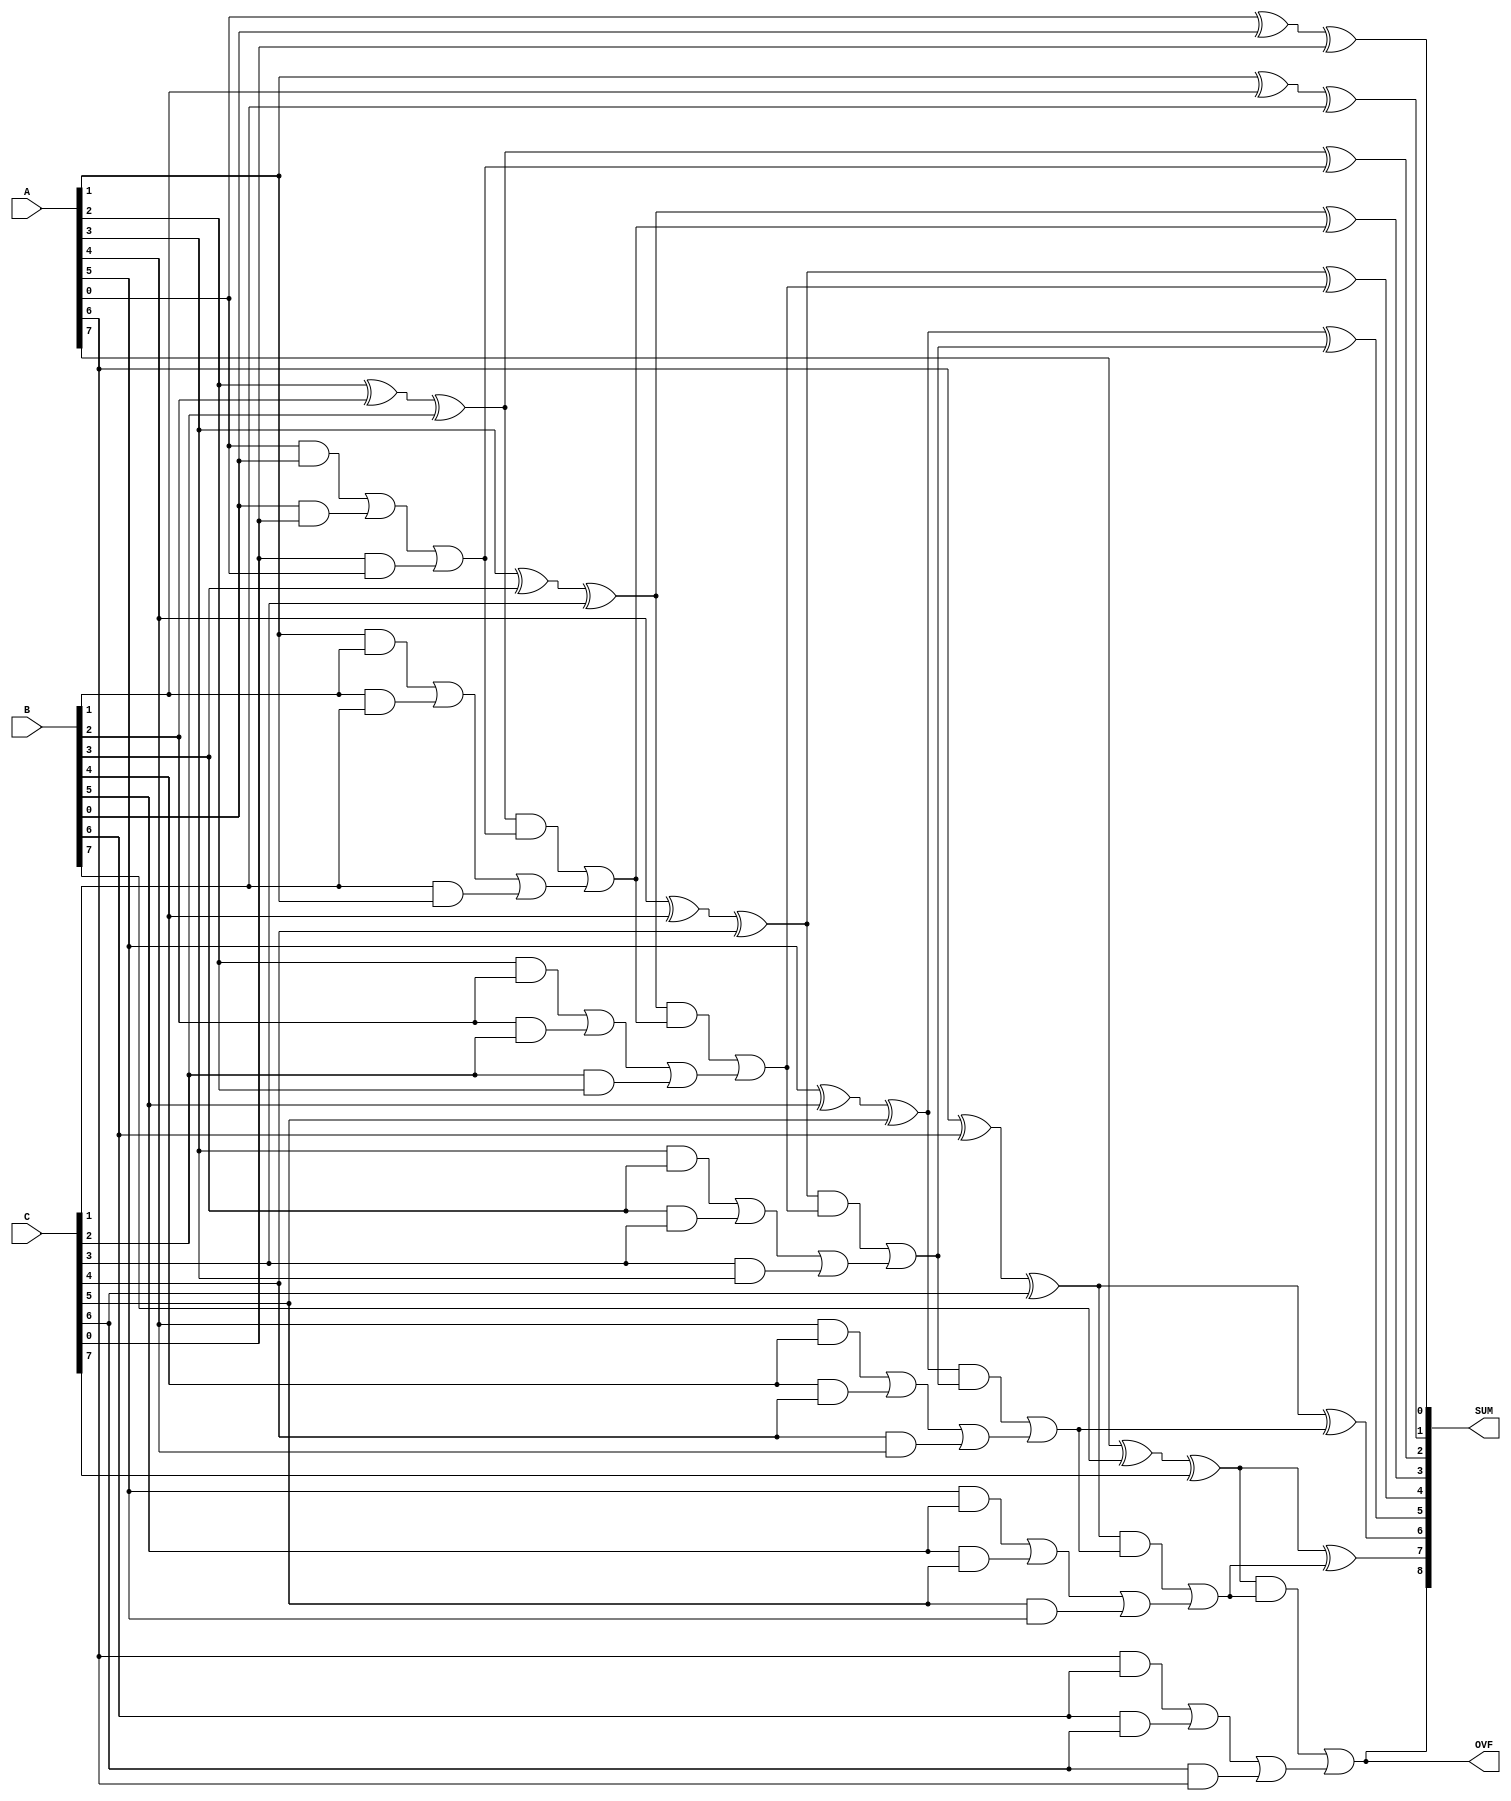
module ModifiedCarrySaveAdder #(parameter N = 8) (
    input [N-1:0] A, // First operand
    input [N-1:0] B, // Second operand
    input [N-1:0] C, // Third operand
    output [N:0] SUM,  // Final sum (N bits + 1 for carry)
    output OVF         // Overflow flag
);

// Internal signals for partial sums and carries
wire [N-1:0] S; // Partial sum
wire [N-1:0] C_out; // Carry output

// Generate Partial Sums and Carries
genvar i;
generate
    for (i = 0; i < N; i = i + 1) begin : CSA
        assign S[i] = A[i] ^ B[i] ^ C[i]; // Sum for current bit
        assign C_out[i] = (A[i] & B[i]) | (B[i] & C[i]) | (C[i] & A[i]); // Carry for current bit
    end
endgenerate

// Final Addition Stage using a simple Ripple Carry Adder
wire [N-1:0] final_carry; // Carries intermediate results
wire [N-1:0] final_sum;

// Ripple Carry Adder
assign final_sum[0] = S[0]; // The least significant bit
assign final_carry[0] = 0; // Initial carry is zero

generate
    for (i = 1; i < N; i = i + 1) begin : RCA
        assign final_sum[i] = S[i] ^ final_carry[i-1]; // Sum
        assign final_carry[i] = (S[i] & final_carry[i-1]) | C_out[i-1]; // Carry propagation
    end
endgenerate

// Final Output
assign SUM = {final_carry[N-1], final_sum}; // Final sum with carry out
assign OVF = (SUM[N] == 1); // Overflow flag if carry out of the last bit

endmodule